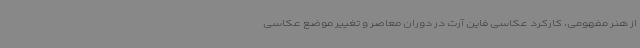
از هنر مفهومی، کارکرد عکاسی فاین آرت در دوران معاصر و تغییر موضع عکاسی